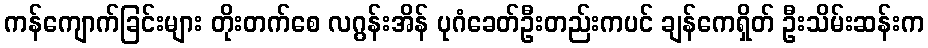
ကန်ကျောက်ခြင်းများ တိုးတက်စေ လဂွန်းအိန် ပုဂံခေတ်ဦးတည်းကပင် ချန်ကေရှိတ် ဦးသိမ်းဆန်းက